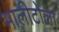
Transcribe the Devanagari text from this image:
भालीटोला